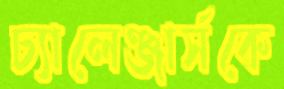
চ্যালেঞ্জার্সকে